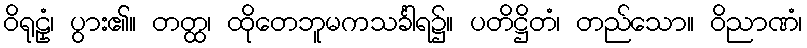
ဝိရုဠှံ၊ ပွား၏။ တတ္ထ၊ ထိုတေဘူမကသင်္ခါရ၌။ ပတိဋ္ဌိတံ၊ တည်သော။ ဝိညာဏံ၊